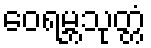
ဝေရမ္ဘသုတ္တံ